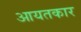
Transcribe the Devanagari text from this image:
आयतकार